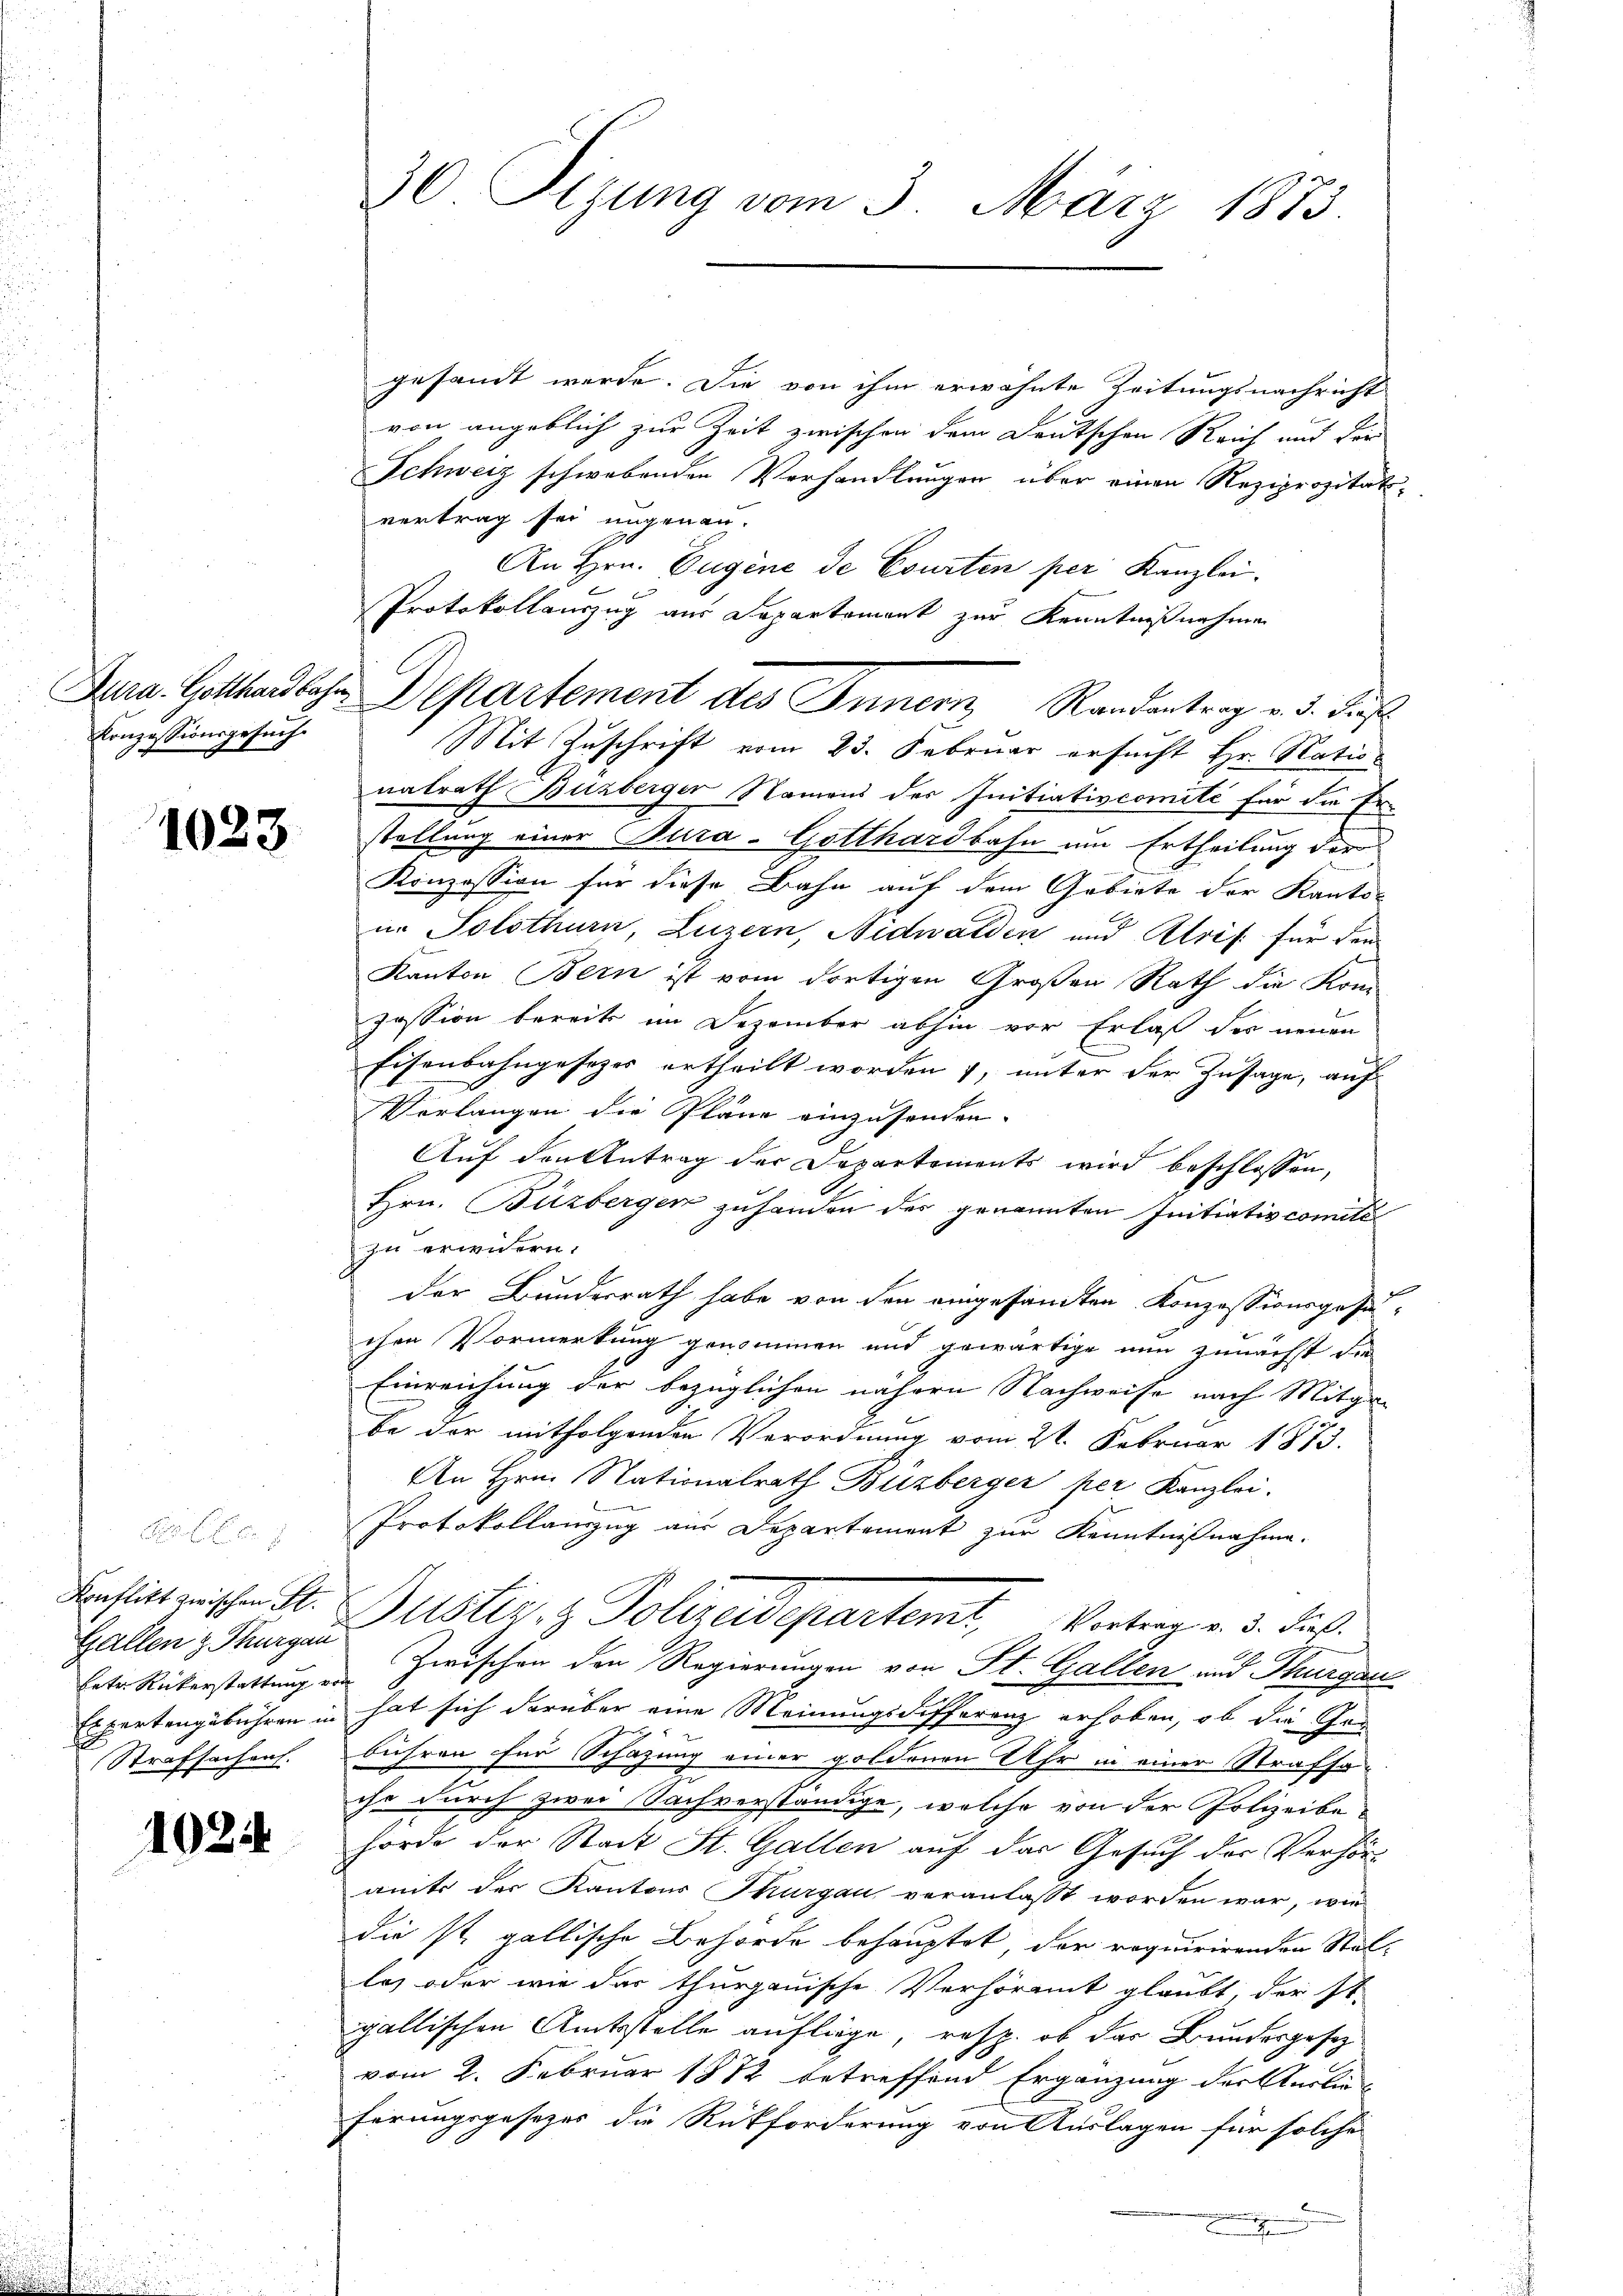
Konzessionsgesuch

1023

betr. Rükerstattung von

1024

gesandt werde. Die von ihm erwähnte Zeitungsnachricht
von angeblich zur Zeit zwischen dem Deutschen Reich auf der
Schweiz schwebenden Verhandlungen über einen Reziprozitätvertrag sei ungenau.
An Hrn. Eugene de Courten per Kanzlei.
Protokollauszug aus Departement zur Kenntnißnahme
Mit Zuschrift vom 23. Februar ersucht Hr. Nationalrath Büzberger Namens der Initiativcomité für die Erstellung einer Bura-Gotthardbahn um Ertheilung der
Konzession für diese Bahn auf dem Gebiete der Kanto-
in Solothurn, Luzern, Nidwalden und Atris für den
Kanton Bern ist vom dortigen Großen Rath die Kon
pession bereits im Dezember abhin vor Erlaß der neuen
Eisenbahngesetzes ertheilt worden, unter der Zusage, auf
Verlangen die Pläne einzusenden.
Auf den Antrag der Departements wird beschlossen,
Hrn. Büzberger zu handen der genannten Initiativcomité
zu erwidern.
der Bundesrath habe von den eingesandten Konzessionsgesuchen Vormerkung genommen und gewärtige nun zunächst die
Einreichung der bezüglichen nähern Nachweise nach Mitge
be der mitfolgenden Verordnung vom 2t. Februar 1873.
An Hrn. Nationalrath Büzberger per Kanzlei.
Protokollanzug aus Departement zur Kenntnißnahme.
Kaslitt mischen St. Gustiz & Polizeidepartemt, Vortrag v. 3. dieß.
Gallen z. Burger Zwischen den Regierungen von St. Gallen und Thurgau
Expertengebühren in hat sich darüber eine Meinungsdifferenz erhoben, ob die Ge¬
Strafsachens. bühren für Schazung einer goldenen Uhr in einer Strafsoche durch zwei Sachverständige, welche von der Polizeibehörde der Stadt St. Gallen auf der Gesuch der Verhör-
amit der Kantons Thurgau veranlasst worden war, wie
die st. gallische Behörde behauptet, der requirirenden Stel-
las oder wie das thurgauische Verhöramt glaubt, der st.
gallischen Amtsstelle aufliege, resp. ob das Bundesgesez
vom 2. Februar 1882 betreffend Ergänzung der Verbin
förungsgesezes die Rückforderung von Auslagen für solche
g

30 Sizung vom 3. März 1873.

Jura. Gotthardbahn Departement des Innern Randantrag v. 3. Jus